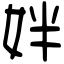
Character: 姅